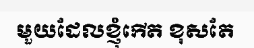
មួយដែលខ្ញុំកើត ខុសតែ